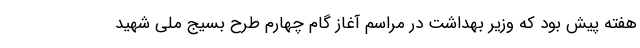
هفته پیش بود که وزیر بهداشت در مراسم آغاز گام چهارم طرح بسیج ملی شهید